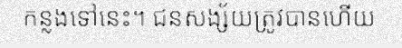
កន្លងទៅនេះ។ ជនសង្ស័យត្រូវបានហើយ